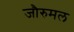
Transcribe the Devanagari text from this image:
जौरुमल